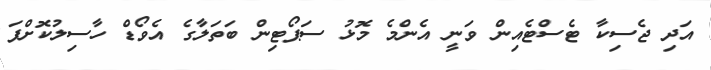
އަދި ޖެސިކާ ޓެސްޓެއިން ވަނީ އެންމެ މޮޅު ސަޕޯޓިން ބަތަލާގެ އެވޯޑް ހާސިލުކޮށްފަ